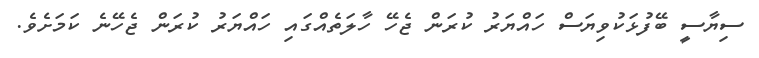
ސިޔާސީ ބޭފުޅަކުވިޔަސް ހައްޔަރު ކުރަން ޖެހޭ ހާލަތެއްގައި ހައްޔަރު ކުރަން ޖެހޭނެ ކަމަށެވެ.